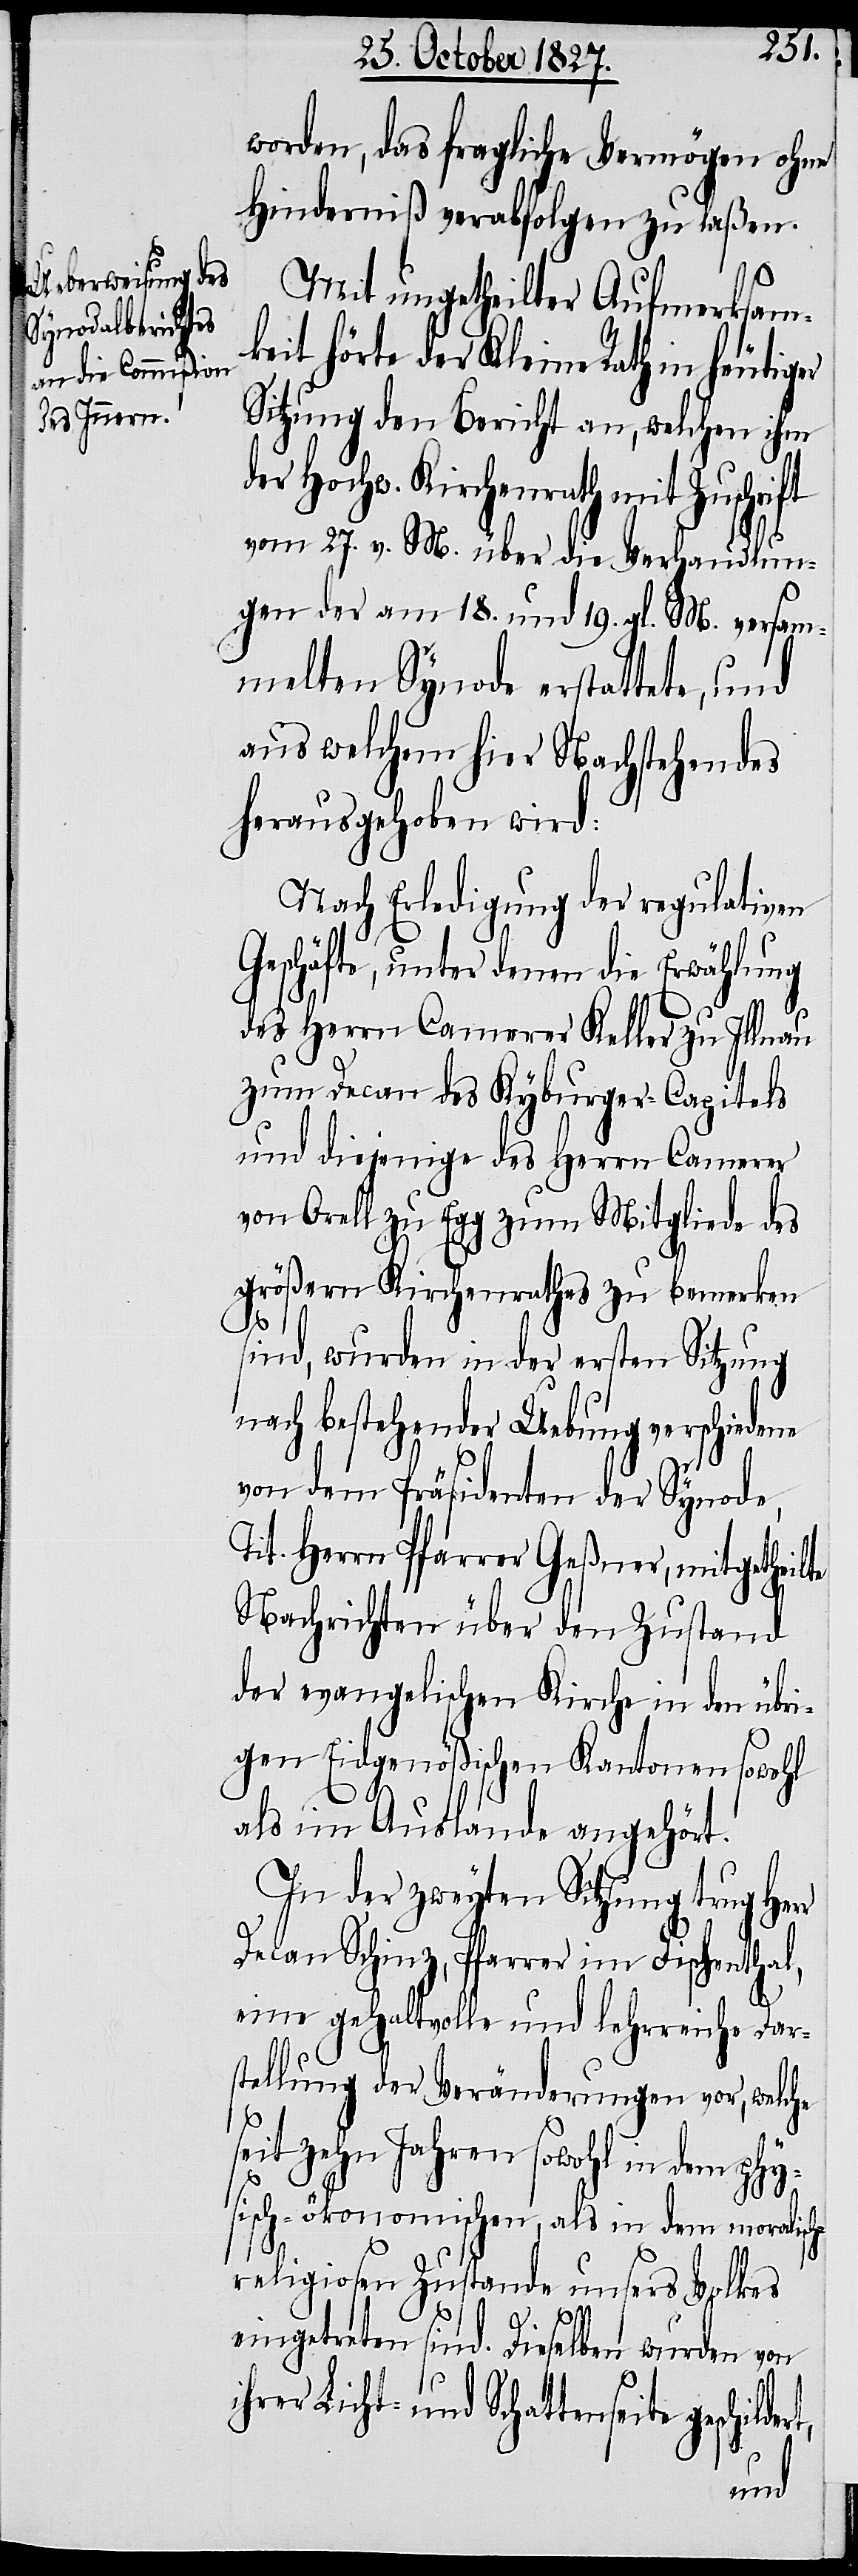
worden, das fragliche Vermögen ohne
Hinderniß verabfolgen zu laßen.
Mit ungetheilter Aufmerksam¬
keit hörte der Kleine Rath in heutig¬
Sitzung den Bericht an, welchen ihm
Hochw. Kirchenrath mit
vom 27. v. M. über die Verhandlun¬
gen der am 18. und 19. gl. M. versam¬
melten Synode erstattete, und
aus welchem hier Nachstehendes
herausgehoben wird:
Nach Erledigung der regulativen
Geschäfte, unter denen die Erwählung
des Herrn Camerer Keller zu Illnau
zum Decan des Kyburger-Capitels
und diejenige des Herrn Camerer
von Orell zu Elgg zum Mitgliede des
größern Kirchenrathes zu bemerken
sind, wurden in der ersten Sitzung
nach bestehender Uebung verschiedene
von dem Präsidenten der Synode,
Tit. Herrn Pfarrer Geßner, mitgetheilte
Nachrichten über den Zustand
der evangelischen Kirche in den übri¬
gen Eidgenößischen Kantonen sowohl
als im Auslande angehört.
In der zweyten Sitzung trug Herr
Decan Schinz, Pfarrer im Fischenthal,
eine gehaltvolle und lehrreiche Dar¬
stellung der Veränderungen vor, welche
seit zehn Jahren sowohl in dem phy¬
sisch-ökonomischen, als in dem moralisc¬
eligiosen Zustande unsers Volkes
h-r¬
eingetreten sind. Dieselben wurden von
ihrer Licht- und Schattenseite